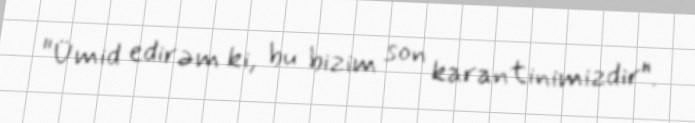
"Ümid edirəm ki, bu bizim son karantinimizdir".